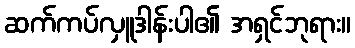
ဆက်ကပ်လှူဒါန်းပါ၏ အရှင်ဘုရား။